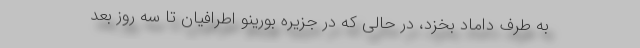
به طرف داماد بخزد، در حالی که در جزیره بورینو اطرافیان تا سه روز بعد